Indian journal of veterinary science and animal husbandry - Volume 14,
Year: 1944
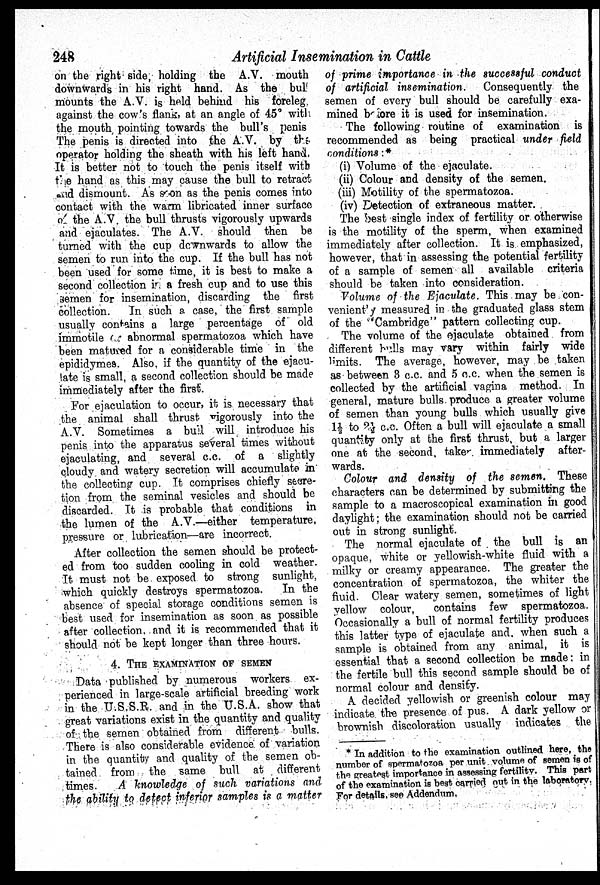
248
Artificial Insemination in Cattle
on the right side, holding the A.V. mouth
downwards in his right hand. As the bul
mounts the A.V. is held behind his foreleg
against the cow's flank, at an angle of 45° with
the mouth pointing towards the bull's penis
The penis is directed into the A.V. by the
operator holding the sheath with his left hand
It is better not to touch the penis itself with
the hand as this may cause the bull to retract
and dismount. As soon as the penis comes into
contact with the warm libricated inner surface
of the A.V. the bull thrusts vigorously upwards
and ejaculates. The A.V. should then be
turned with the cup downwards to allow the
semen to run into the cup. If the bull has not
been used for some time, it is best to make a
second collection in a fresh cup and to use this
semen for insemination, discarding the first
collection.
In such a case, the first sample
usually contains a large percentage of old
immotile or abnormal spermatozoa which have
been matured for a considerable time in the
epididymes. Also. if the quantity of the ejacu-
late is small, a second collection should be made
immediately after the first.
For ejaculation to occur, it is necessary that
the animal shall thrust vigorously into the
A.V. Sometimes a bull will introduce his
penis into the apparatus several times without
ejaculating, and several c.c. of a slightly
cloudy and watery secretion will accumulate in
the collecting cup. It comprises chiefly secre-
tion from the seminal vesicles and should be
discarded. It is probable that conditions in
the lumen of the A.V.—either temperature,
pressure or lubrication—are incorrect.
After collection the semen should be protect-
ed from too sudden cooling in cold weather.
It must not be exposed to strong sunlight,
which quickly destroys spermatozoa.
In the
absence of special storage conditions semen is
best used for insemination as soon as possible
after collection. and it is recommended that it
should not be kept longer than three hours.
4. THE EXAMINATION OF SEMEN
Data published by numerous workers ex-
perienced in large-scale artificial breeding work
in the U.S.S.R. and in the U.S.A. show that
great variations exist in the quantity and quality
of the semen obtained from different bulls.
There is also considerable evidence of variation
in the quantity and quality of the semen ob-
tained from the same bull at different
times.
A knowledge of such variations and
the ability to detect inferior samples is a matter
of prime importance in the successful conduct
of artificial insemination.
Consequently the
semen of every bull should be carefully exa-
mined before it is used for insemination.
The following routine of examination is
recommended as being practical under field
conditions :*
(i) Volume of the ejaculate.
(ii) Colour and density of the semen.
(iii) Motility of the spermatozoa.
(iv) Detection of extraneous matter.
The best single index of fertility or otherwise
is the motility of the sperm, when examined
immediately after collection. It is emphasized,
however, that in assessing the potential fertility
of a sample of semen all available criteria
should be taken into consideration.
Volume of the Ejaculate. This may be con-
veniently measured in the graduated glass stem
of the "Cambridge" pattern collecting cup.
The volume of the ejaculate obtained from
different bulls may vary within fairly wide
limits. The average, however, may be taken
as between 3 c.c. and 5 c.c. when the semen is
collected by the artificial vagina method. In
general, mature bulls produce a greater volume
of semen than young bulls which usually give
1½ to 2½ c.c. Often a bull will ejaculate a small
quantity only at the first thrust, but a larger
one at the second, taken immediately after-
wards.
Colour and density of the semen. These
characters can be determined by submitting the
sample to a macroscopical examination in good
daylight; the examination should not be carried
out in strong sunlight.
The normal ejaculate of the bull is an
opaque, white or yellowish-white fluid with a
milky or creamy appearance. The greater the
concentration of spermatozoa, the whiter the
fluid. Clear watery semen, sometimes of light
yellow colour,
contains few spermatozoa.
Occasionally a bull of normal fertility produces
this latter type of ejaculate and when such a
sample is obtained from any animal, it is
essential that a second collection be made: in
the fertile bull this second sample should be of
normal colour and density.
A decided yellowish or greenish colour may
indicate the presence of pus. A dark yellow or
brownish discoloration usually indicates the
* In addition to the examination outlined here, the
number of spermatozoa per unit volume of semen is of
the greatest importance in assessing fertility. This part
of the examination is best carried out in the laboratory.
For details, see Addendum.